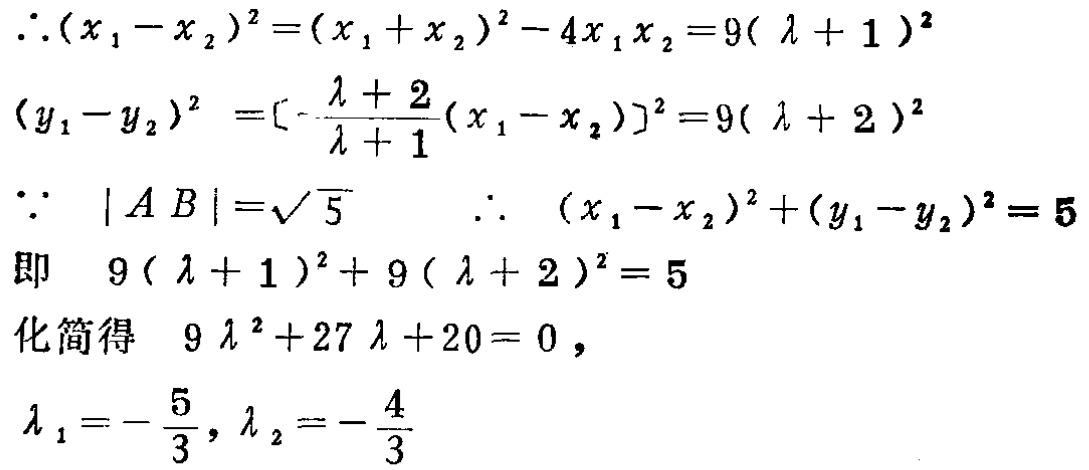
\[\begin{align*}
&\therefore(x_1 - x_2)^2=(x_1 + x_2)^2 - 4x_1x_2 = 9(\lambda + 1)^2\\
&(y_1 - y_2)^2=\left[-\frac{\lambda + 2}{\lambda + 1}(x_1 - x_2)\right]^2 = 9(\lambda + 2)^2\\
&\because|AB|=\sqrt{5}\quad\therefore(x_1 - x_2)^2+(y_1 - y_2)^2 = 5\\
&\text{即 }9(\lambda + 1)^2+9(\lambda + 2)^2 = 5\\
&\text{化简得 }9\lambda^2 + 27\lambda+20 = 0,\\
&\lambda_1=-\frac{5}{3},\lambda_2=-\frac{4}{3}
\end{align*}\]